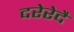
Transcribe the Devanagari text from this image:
दरेरेदै